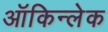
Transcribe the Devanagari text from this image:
ऑकिन्लेक